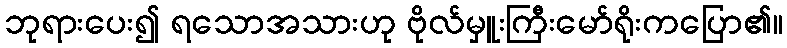
ဘုရားပေး၍ ရသောအသားဟု ဗိုလ်မှူးကြီးမော်ရိုးကပြော၏။